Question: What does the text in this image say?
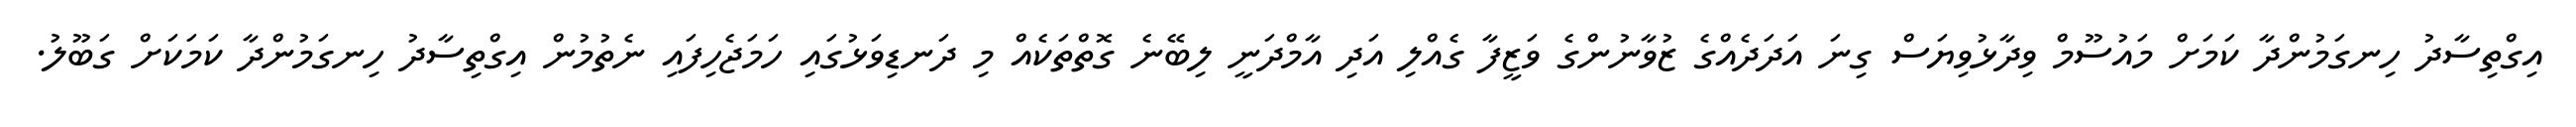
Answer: އިގްތިސާދު ހިނގަމުންދާ ކަމަށް މައުސޫމް ވިދާޅުވިޔަސް ގިނަ އަދަދެއްގެ ޒުވާނުންގެ ވަޒީފާ ގެއްލި އަދި އާމްދަނީ ލިބޭނެ ގޮތްތަކެއް މި ދަނޑިވަޅުގައި ހަމަޖެހިފައި ނެތުމުން އިގްތިސާދު ހިނގަމުންދާ ކަމަކަށް ގަބޫލު.